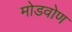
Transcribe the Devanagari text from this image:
मोडवोण